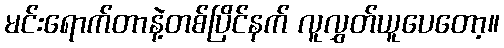
မင်းရောက်တာနဲ့တစ်ပြိင်နက် လူလွှတ်ယူပေတော့။